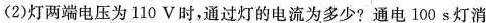
(2)灯两端电压为110 V时，通过灯的电流为多少?通电 100 s灯消